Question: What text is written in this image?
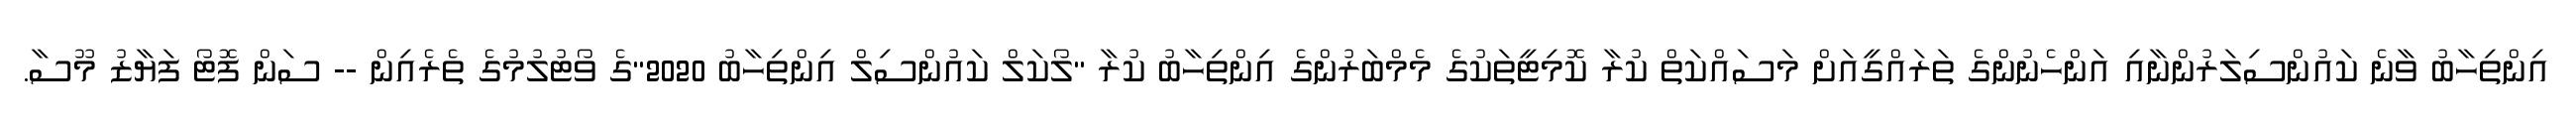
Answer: އިންތިހާބު ވާނެ ކައުންސިލަރުންނާއި އަންހެނުންގެ ތަރައްގީއަށް މަސައްކަތް ކުރާ ކޮމިޓީތަކުގެ މެމްބަރުންގެ އިންތިހާބު ކުރާ "ލޯކަލް ކައުންސިލް އިންތިހާބު 2020"ގެ ވޯޓުލުމުގެ ތެރެއިން -- ސަން ފޮޓޯ ފަޔާޒު މޫސާ.